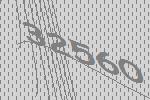
32560